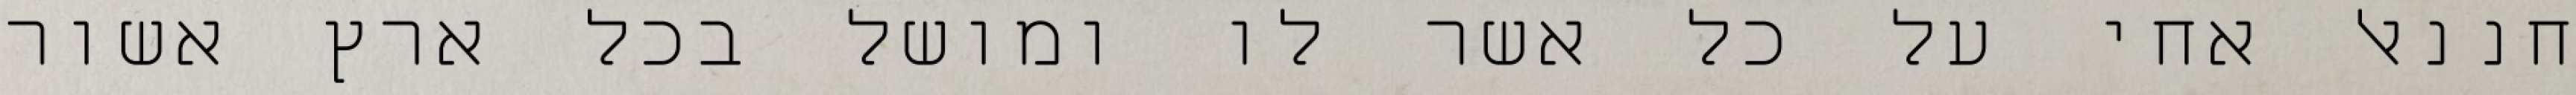
חננאל אחי על כל אשר לו ומושל בכל ארץ אשור